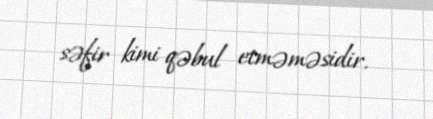
səfir kimi qəbul etməməsidir.